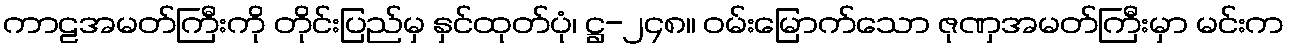
ကာဠအမတ်ကြီးကို တိုင်းပြည်မှ နှင်ထုတ်ပုံ၊ ဋ္ဌ-၂၄၈။ ဝမ်းမြောက်သော ဇုဏှအမတ်ကြီးမှာ မင်းက